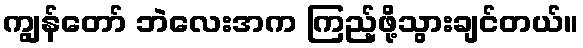
ကျွန်တော် ဘဲလေးအက ကြည့်ဖို့သွားချင်တယ်။